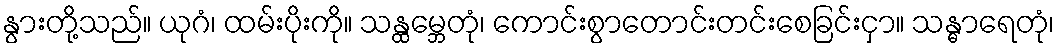
နွားတို့သည်။ ယုဂံ၊ ထမ်းပိုးကို။ သန္ထမ္ဘေတုံ၊ ကောင်းစွာတောင်းတင်းစေခြင်းငှာ။ သန္ဓာရေတုံ၊